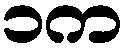
၁က